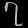
Digit: ၇